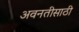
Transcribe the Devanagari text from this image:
अवनतीसाठी